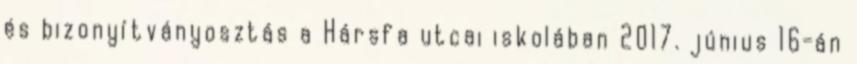
és bizonyítványosztás a Hársfa utcai iskolában 2017. június 16-án